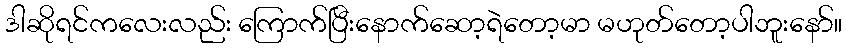
ဒါဆိုရင်ကလေးလည်း ကြောက်ပြီးနောက်ဆော့ရဲတော့မာ မဟုတ်တော့ပါဘူးနော်။